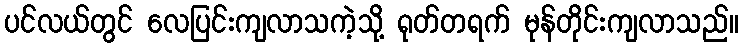
ပင်လယ်တွင် လေပြင်းကျလာသကဲ့သို့ ရုတ်တရက် မုန်တိုင်းကျလာသည်။